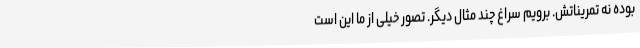
بوده نه تمریناتش. برویم سراغ چند مثال دیگر. تصور خیلی از ما این است